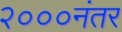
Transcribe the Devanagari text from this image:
२०००नंतर